Lunatic asylums in Bengal annual reports 1899-1911 - 1899-1911
Year: 1899
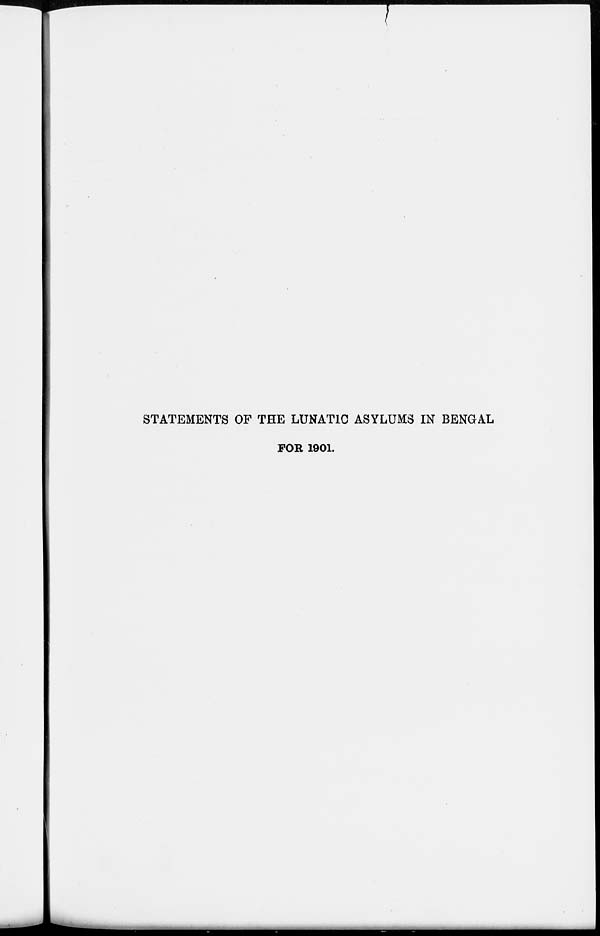
STATEMENTS OF THE LUNATIC ASYLUMS IN BENGAL
FOR 1901.